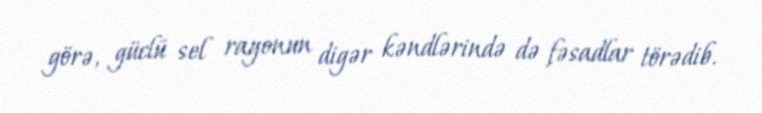
görə, güclü sel rayonun digər kəndlərində də fəsadlar törədib.